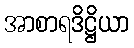
အာစာရဒိဋ္ဌိယာ